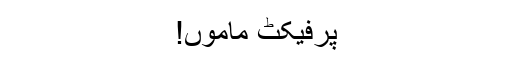
پرفیکٹ ماموں!